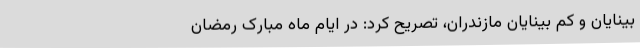
بینایان و کم بینایان مازندران، تصریح کرد: در ایام ماه مبارک رمضان